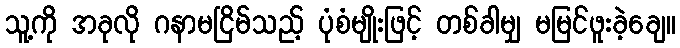
သူ့ကို အခုလို ဂနာမငြိမ်သည့် ပုံစံမျိုးဖြင့် တစ်ခါမျှ မမြင်ဖူးခဲ့ချေ။